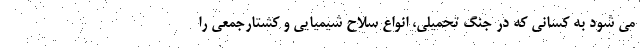
می شود به کسانی که در جنگ تحمیلی، انواع سلاح شیمیایی و کشتارجمعی را